Jaan_Tonisson_(Lasteleht), lk 156
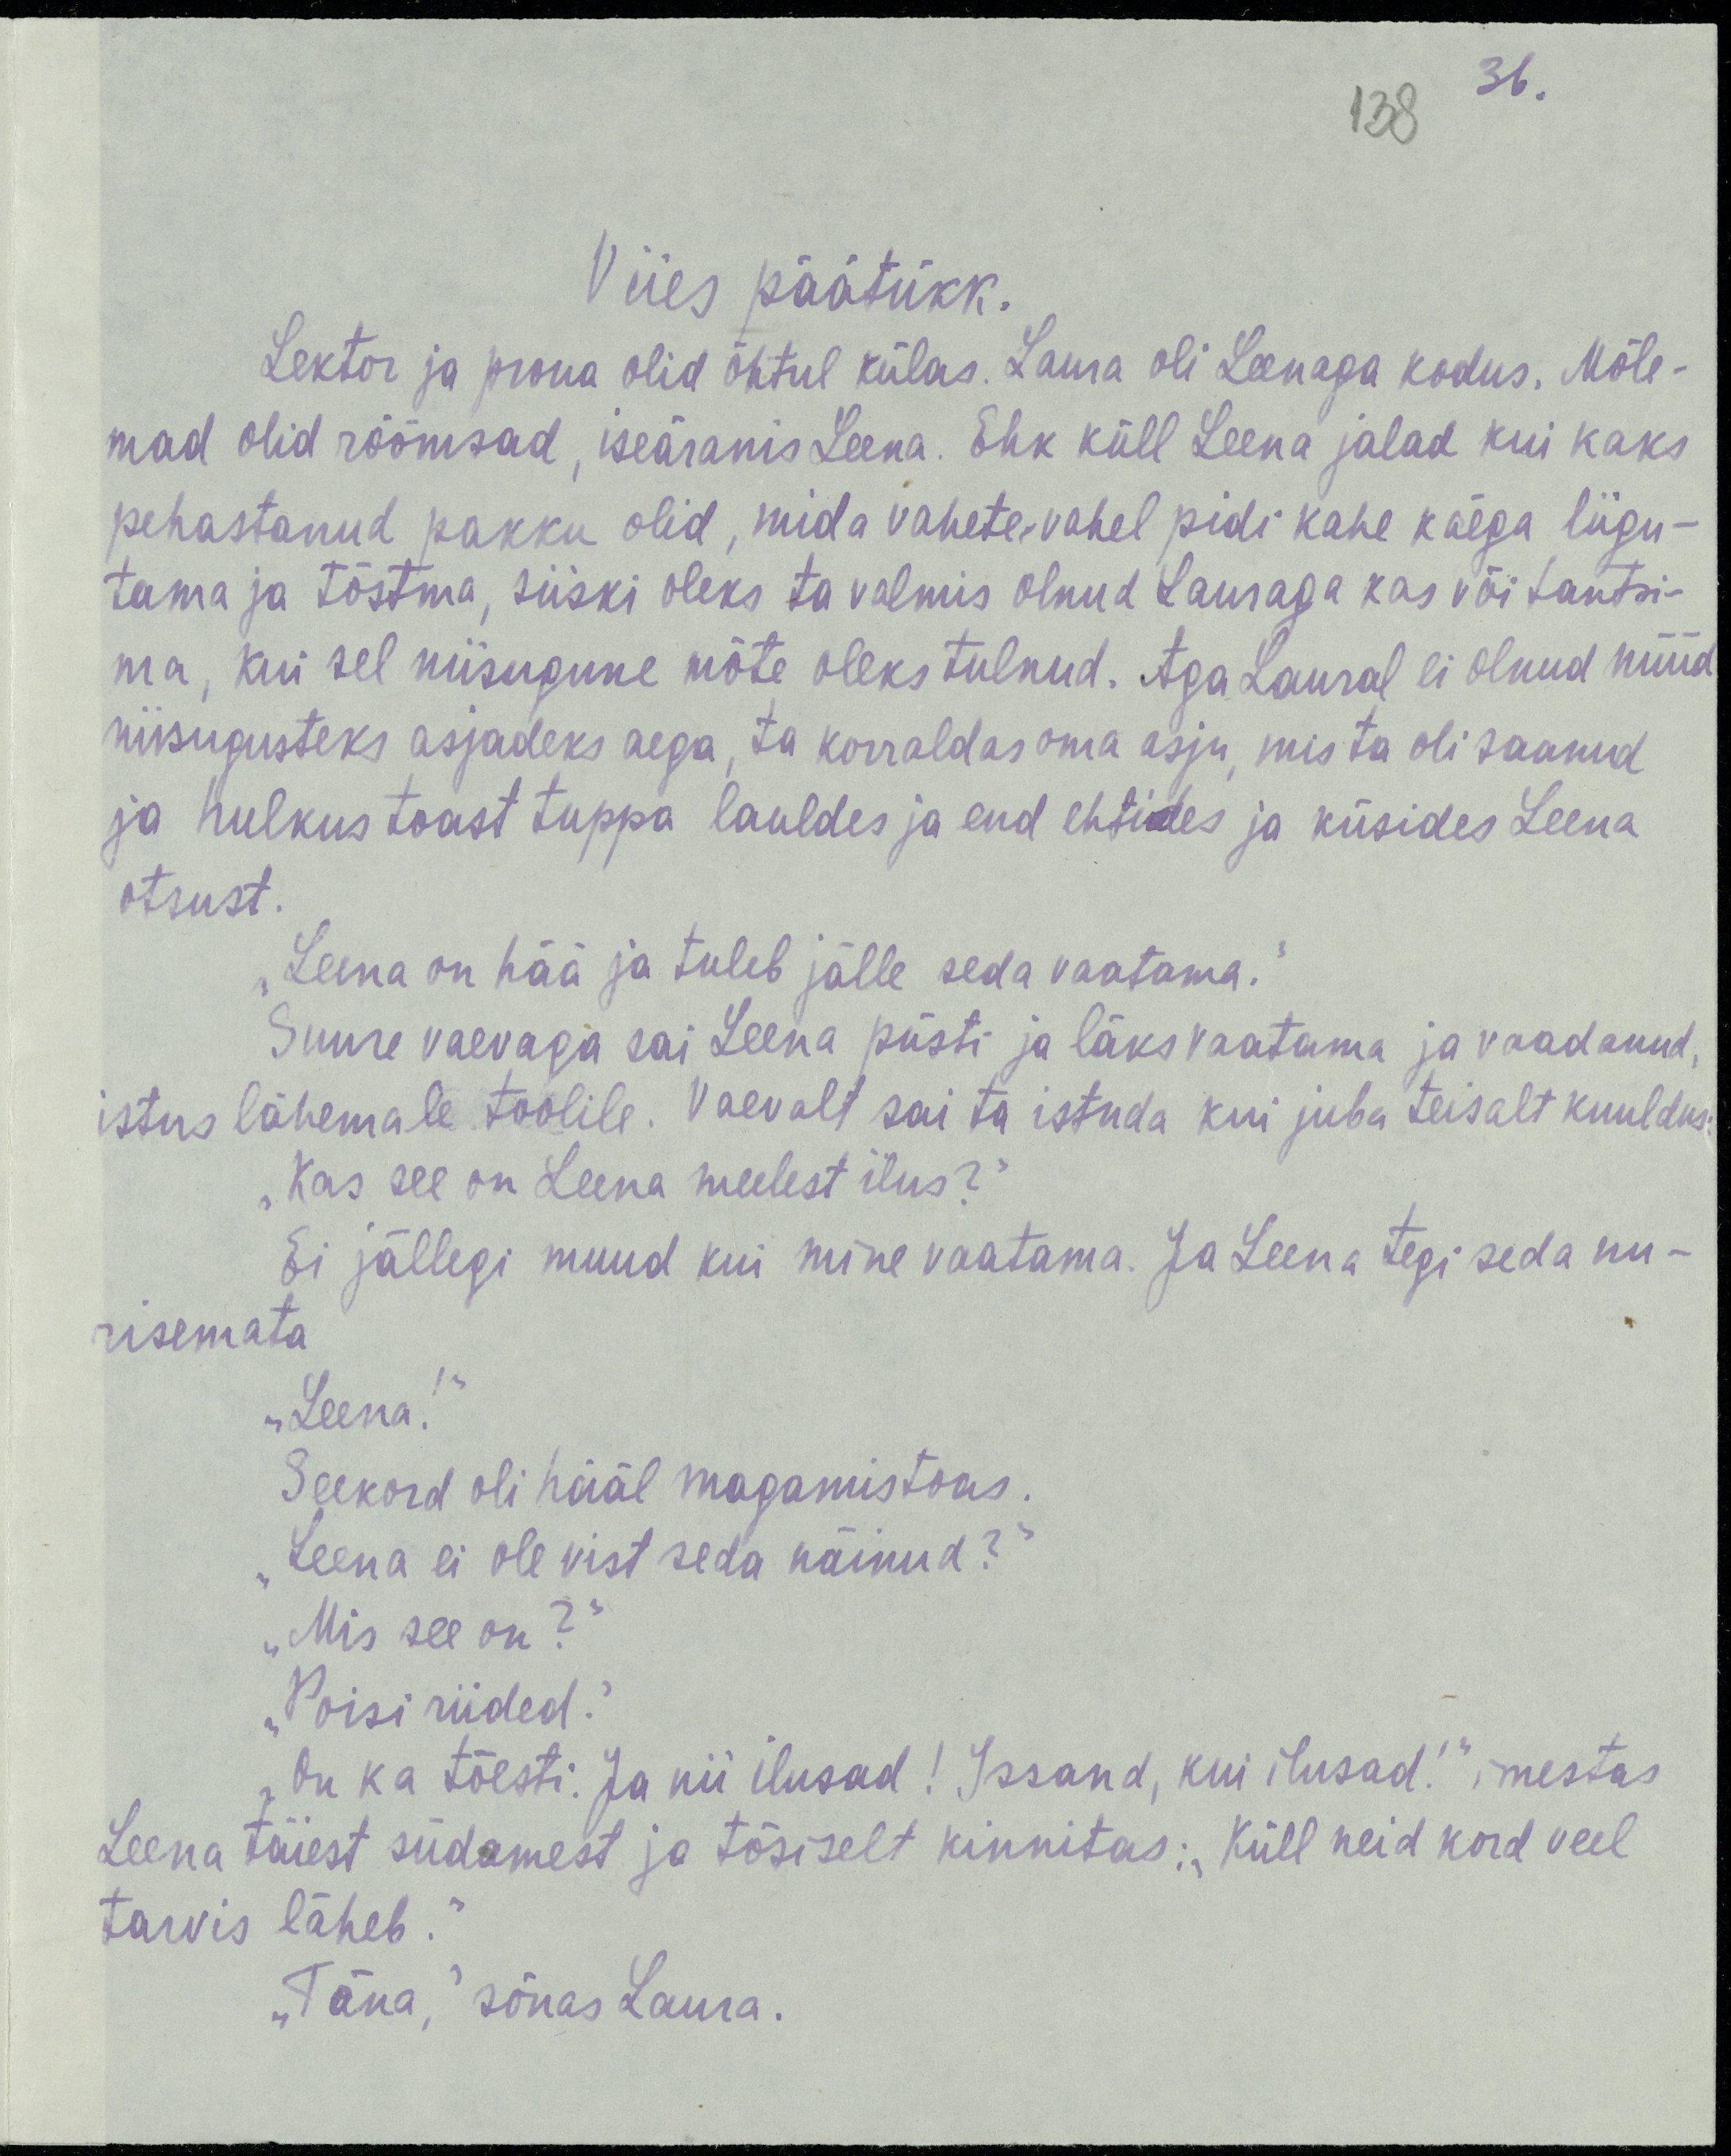
36.
138
Viies päätükk.
Lektor ja proua olid õhtul külas. Laura oli Leenaga kodus. Mõle-
mad olid rõõmsad, iseäranis Leena. Ehk küll Leena jalad kui kaks
pehastanud pakku olid, mida vahete-vahel pidi kahe käega liigu-
tama ja tõstma, siiski oleks ta valmis olnud Lauraga kas või tantsi-
ma, kui sel niisugune mõte oleks tulnud. Aga Laural ei olnud nüüd
niisugusteks asjadeks aega, ta korraldas oma asju, mis ta oli saanud
ja hulkus toast tuppa lauldes ja end ehtides ja küsides Leena
otsust.
„Leena on hää ja tuleb jälle seda vaatama.“
Suure vaevaga sai Leena püsti ja läks vaatama ja vaadanud,
istus lähemale toolile. Vaevalt sai ta istuda kui juba teisalt kuuldus:
„Kas see on Leena meelest ilus?“
Ei jällegi muud kui mine vaatama. Ja Leena tegi seda nu-
risemata
„Leena!“
Seekord oli hääl magamistoas.
„Leena ei ole vist seda näinud?“
„Mis see on?“
„Poisi riided.“
„On ka tõesti. Ja nii ilusad! Issand, kui ilusad!“ imestas
Leena täiest südamest ja tõsiselt kinnitas: „Küll neid kord veel
tarvis läheb.“
„Täna,“ sõnas Laura.